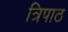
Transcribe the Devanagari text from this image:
त्रिपाठ